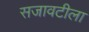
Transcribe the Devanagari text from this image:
सजावटीला